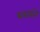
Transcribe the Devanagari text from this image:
थरारते